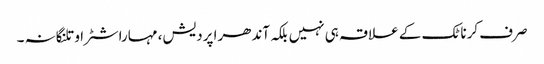
صرف کرناٹک کے علاقہ ہی نہیں بلکہ آندھرا پردیش، مہاراشٹرا و تلنگانہ ۔